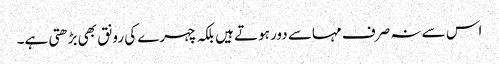
اس سے نہ صرف مہاسے دور ہوتے ہیں بلکہ چہرے کی رونق بھی بڑھتی ہے۔